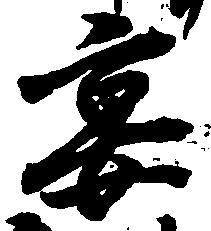
宴